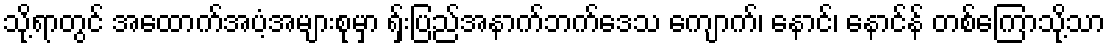
သို့ရာတွင် အထောက်အပံ့အများစုမှာ ရှ်းပြည်အနာက်ဘက်ဒေသ ကျောက်၊ နောင်၊ နောင်န် တစ်ကြောသို့သာ